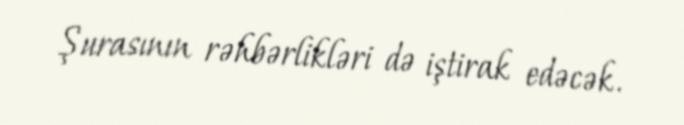
Şurasının rəhbərlikləri də iştirak edəcək.